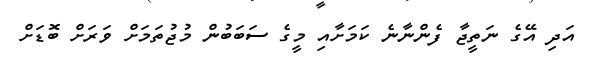
އަދި އޭގެ ނަތީޖާ ފެންނާނެ ކަމަށާއި މީގެ ސަބަބުން މުޖުތަމަށް ވަރަށް ބޮޑަށް